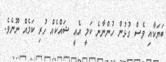
ބަޔަކާއި ވެސް ގުޅުން ހުންނާނެ ކަމީ އެއީ ޝައްކެއް ހުރި ކަމެއް ނޫނެވެ.